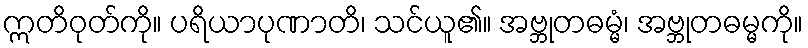
ဣတိဝုတ်ကို။ ပရိယာပုဏာတိ၊ သင်ယူ၏။ အဗ္ဘုတဓမ္မံ၊ အဗ္ဘုတဓမ္မကို။